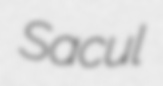
Sacul